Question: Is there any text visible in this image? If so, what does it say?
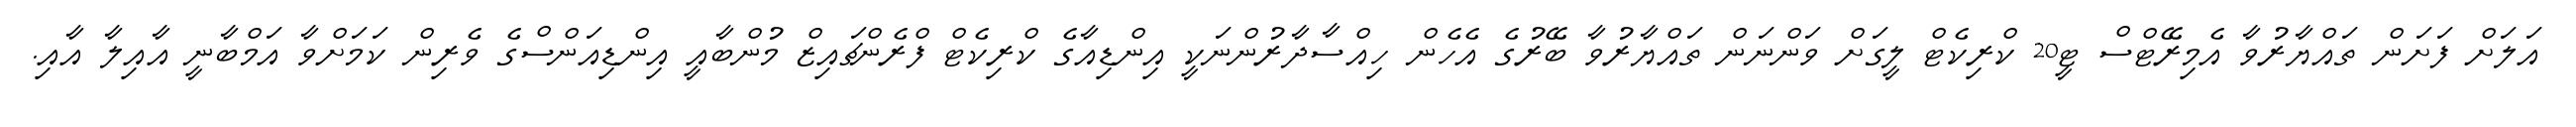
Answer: އަލަށް ފަށަން ތައްޔާރުވާ އެމިރޭޓްސް ޓީ20 ކްރިކެޓް ލީގަށް ވަންނަން ތައްޔާރުވާ ބޭރުގެ އެހެން ހިއްސާދާރުންނަކީ އިންޑިއާގެ ކްރިކެޓް ފްރެންޗައިޒް މުންބާއީ އިންޑިއަންސްގެ ވެރިން ކަމަށްވާ އަމްބާނީ އާއިލާ އާއި.